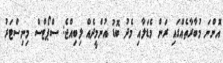
އޮންނަ މުބާރާތެއްގައި ރަން މެޑަލާއި މެދު ބޮޑު އުންމީދެއް ލިބިއްޖެ: ސްޕޯޓްސް މިނިސްޓަރު